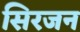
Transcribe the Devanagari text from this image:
सिरजन